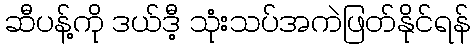
ဆီပန့်ကို ဒယ်ဒီ့ သုံးသပ်အကဲဖြတ်နိုင်ရန်